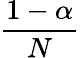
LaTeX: \frac{1-\alpha}{N}